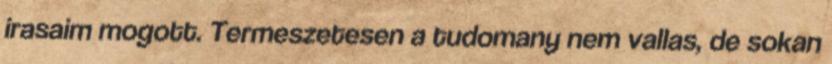
irasaim mogott. Termeszetesen a tudomany nem vallas, de sokan